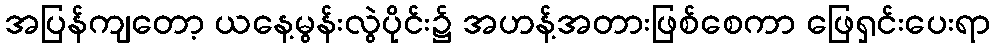
အပြန်ကျတော့ ယနေ့မွန်းလွဲပိုင်း၌ အဟန့်အတားဖြစ်စေကာ ဖြေရှင်းပေးရာ